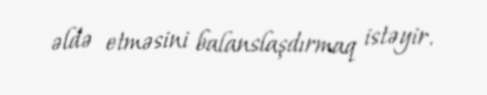
əldə etməsini balanslaşdırmaq istəyir.